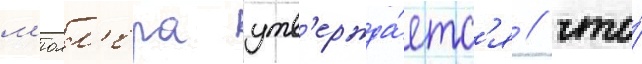
м'юлл'ера утв'ержда́етс'я / что́